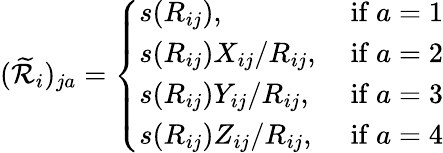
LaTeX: (\widetilde{\mathcal{R}}_{i})_{ja}=\left\{ \begin{array}{ll}{s(R_{ij}),}&{\mathrm{~if~}a=1}\\ {s(R_{ij})X_{ij}/R_{ij},}&{\mathrm{~if~}a=2}\\ {s(R_{ij})Y_{ij}/R_{ij},}&{\mathrm{~if~}a=3}\\ {s(R_{ij})Z_{ij}/R_{ij},}&{\mathrm{~if~}a=4}\end{array}\right.